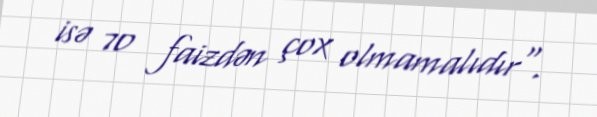
isə 70 faizdən çox olmamalıdır".